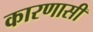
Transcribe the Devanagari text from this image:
कारणासी